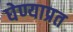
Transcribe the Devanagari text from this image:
घेण्याप्रत